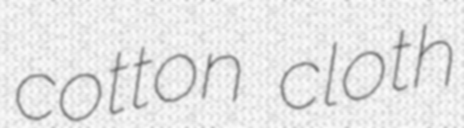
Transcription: cotton cloth